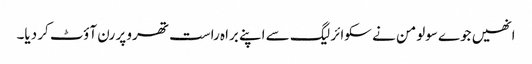
انھیں جوے سولومن نے سکوائر لیگ سے اپنے براہ راست تھرو پر رن آؤٹ کر دیا۔